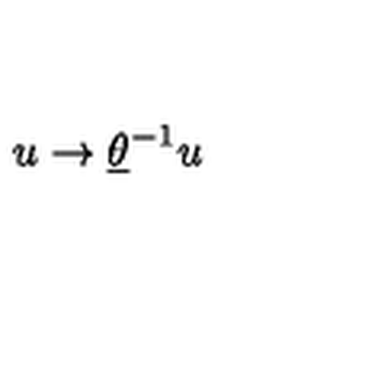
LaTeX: u \rightarrow \underline { { \theta } } ^ { - 1 } u